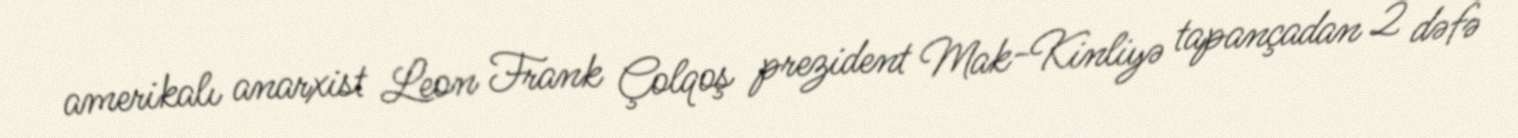
amerikalı anarxist Leon Frank Çolqoş prezident Mak-Kinliyə tapançadan 2 dəfə